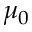
\mu _ { 0 }